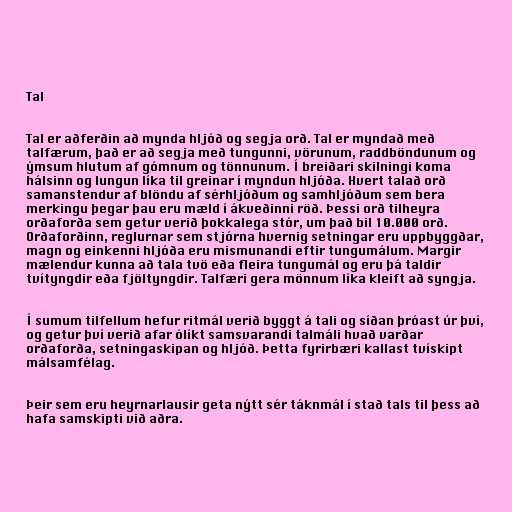
Tal

Tal er aðferðin að mynda hljóð og segja orð. Tal er myndað með
talfærum, það er að segja með tungunni, vörunum, raddböndunum og
ýmsum hlutum af gómnum og tönnunum. Í breiðari skilningi koma
hálsinn og lungun líka til greinar í myndun hljóða. Hvert talað orð
samanstendur af blöndu af sérhljóðum og samhljóðum sem bera
merkingu þegar þau eru mæld í ákveðinni röð. Þessi orð tilheyra
orðaforða sem getur verið þokkalega stór, um það bil 10.000 orð.
Orðaforðinn, reglurnar sem stjórna hvernig setningar eru uppbyggðar,
magn og einkenni hljóða eru mismunandi eftir tungumálum. Margir
mælendur kunna að tala tvö eða fleira tungumál og eru þá taldir
tvítyngdir eða fjöltyngdir. Talfæri gera mönnum líka kleift að syngja.

Í sumum tilfellum hefur ritmál verið byggt á tali og síðan þróast úr því,
og getur því verið afar ólíkt samsvarandi talmáli hvað varðar
orðaforða, setningaskipan og hljóð. Þetta fyrirbæri kallast tvískipt
málsamfélag.

Þeir sem eru heyrnarlausir geta nýtt sér táknmál í stað tals til þess að
hafa samskipti við aðra.